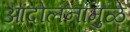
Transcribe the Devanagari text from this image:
आंदोलनांमुळे